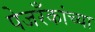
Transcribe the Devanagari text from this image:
पेजरँकांच्या